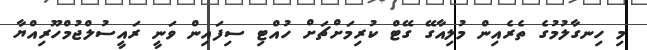
މި ހިނގާލުމުގެ ތެރެއިން މުލިއާގޭ ގޭޓް ކުރިމަށްޗަށް ހުއްޓި ސިފައިން ވަނީ ރައީސުލްޖުމްހޫރިއްޔާ